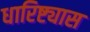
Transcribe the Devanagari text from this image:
धारिष्ट्यास